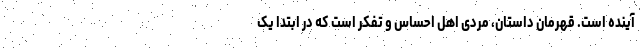
آینده است. قهرمان داستان، مردی اهل احساس و تفکر است که در ابتدا یک